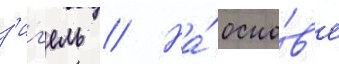
з'иг'ель // На́ осно́в'е